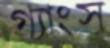
গ্যাংস